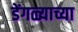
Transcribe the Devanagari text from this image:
डेंगळ्याच्या